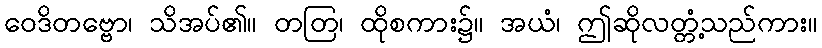
ဝေဒိတဗ္ဗော၊ သိအပ်၏။ တတြ၊ ထိုစကား၌။ အယံ၊ ဤဆိုလတ္တံ့သည်ကား။